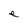
Character: e